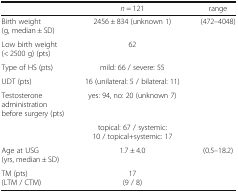
<table><thead><tr><td></td><td><b><i>n</i> = 121</b></td><td><b>range</b></td></tr></thead><tbody><tr><td>Birth weight (g, median ± SD)</td><td>2456 ± 834 (unknown 1)</td><td>(472–4048)</td></tr><tr><td>Low birth weight (&lt; 2500 g) (pts)</td><td>62</td><td></td></tr><tr><td>Type of HS (pts)</td><td>mild: 66 / severe: 55</td><td></td></tr><tr><td>UDT (pts)</td><td>16 (unilateral: 5 / bilateral: 11)</td><td></td></tr><tr><td>Testosterone administration before surgery (pts)</td><td>yes: 94, no: 20 (unknown 7)</td><td></td></tr><tr><td></td><td>topical: 67 / systemic: 10 / topical+systemic: 17</td><td></td></tr><tr><td>Age at USG (yrs, median ± SD)</td><td>1.7 ± 4.0</td><td>(0.5–18.2)</td></tr><tr><td>TM (pts)(LTM / CTM)</td><td>17(9 / 8)</td><td></td></tr></tbody></table>